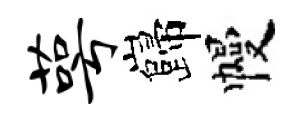
萼巋幔